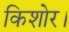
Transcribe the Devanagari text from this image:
किशोर।